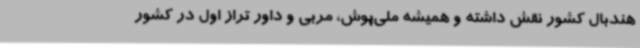
هندبال کشور نقش داشته و همیشه ملی‌پوش، مربی و داور تراز اول در کشور